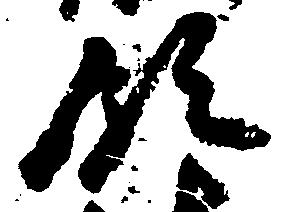
領